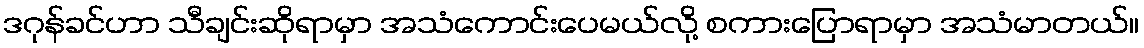
ဒဂုန်ခင်ဟာ သီချင်းဆိုရာမှာ အသံကောင်းပေမယ်လို့ စကားပြောရာမှာ အသံမာတယ်။